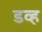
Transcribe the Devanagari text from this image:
डव्ह